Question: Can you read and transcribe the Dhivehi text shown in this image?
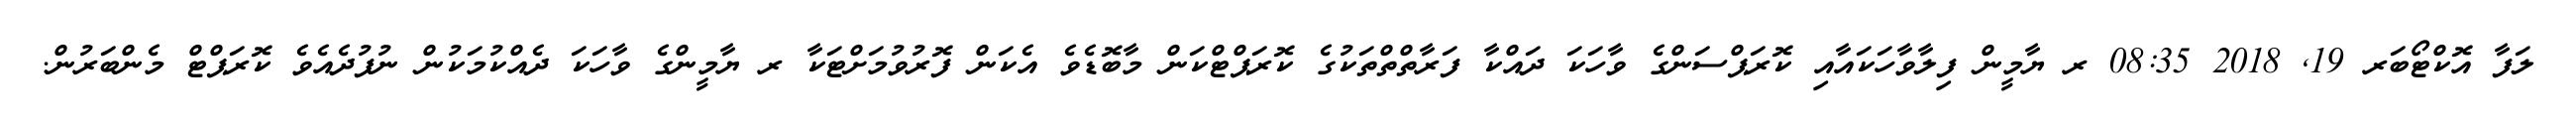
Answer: ލަފާ އޮކްޓޯބަރ 19, 2018 08:35 ރ ޔާމީން ފިލާވާހަކައާއި ކޮރަޕްސަންގެ ވާހަކަ ދައްކާ ފަރާތްތްތަކުގެ ކޮރަޕްޓްކަން މާބޮޑެވެ އެކަން ފޮރުވުމަށްޓަކާ ރ ޔާމީންގެ ވާހަކަ ދެއްކުމަކުން ނުފުދެއެވެ ކޮރަޕްޓް މެންބަރުން.